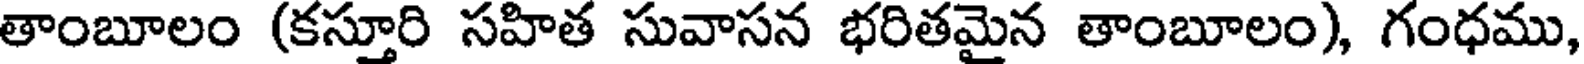
తాంబూలం (కస్తూరి సహిత సువాసన భరితమైన తాంబూలం), గంధము,